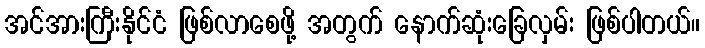
အင်အားကြီးနိုင်ငံ ဖြစ်လာစေဖို့ အတွက် နောက်ဆုံးခြေလှမ်း ဖြစ်ပါတယ်။